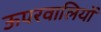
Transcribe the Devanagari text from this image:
ऊपरवालियों